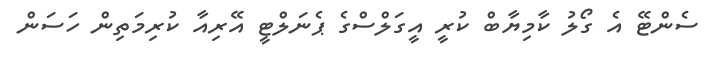
ސެންޓޭ އެ ގޯލު ކާމިޔާބް ކުރީ އީގަލްސްގެ ޕެނަލްޓީ އޭރިއާ ކުރިމަތިން ހަސަން